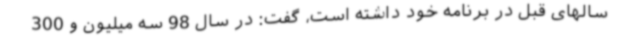
سالهای قبل در برنامه خود داشته است، گفت: در سال 98 سه میلیون و 300